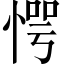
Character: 愕